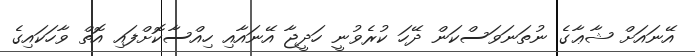
އޭނައަށް ޝާޢާގެ ނުތަނަވަސްކަން ދޭހަ ކުރެވުނީ ހަދީޖާ އޭނައާއި ހިއްސާކޮށްފައި އޮތް ވާހަކައިގެ